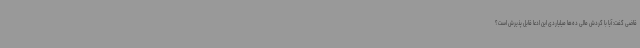
قاضی گفت: آیا با گردش مالی ده‌ها میلیاردی این ادعا قابل پذیرش است؟